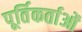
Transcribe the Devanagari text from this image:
पूर्तिकर्ताओं